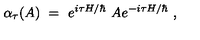
\alpha _ { \tau } ( A ) \ = \ e ^ { i \tau H / \hbar } \ A e ^ { - i \tau H / \hbar } \ ,